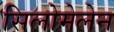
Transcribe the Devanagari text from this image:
सिलोमेलेन